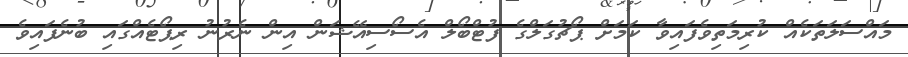
މައްސަލަތަކެއް ކުރިމަތިވެފައިވާ ކަމަށް ޕޯޗުގަލްގެ ފުޓްބޯލް އެސޯސިއޭޝަން އިން ނެރުނު ރިޕޯޓެއްގައި ބުނެފައިވެ